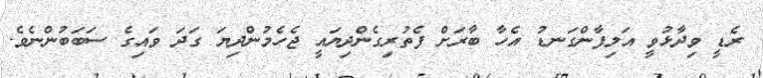
ރެޑީ ވިދާޅުވީ އަލިފާންގަނޑު އެހާ ބާރަށް ފެތުރިގެންދިޔައީ ޖެހެމުންދިޔަ ގަދަ ވައިގެ ސަބަބުންނެވެ.